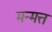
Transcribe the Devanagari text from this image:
मन्मत्त